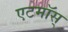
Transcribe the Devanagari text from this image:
एटमॉस्